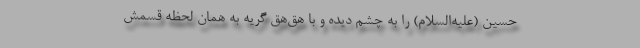
حسین (علیه‌السلام) را به چشم دیده و با هق‌هق گریه به همان لحظه قسمش